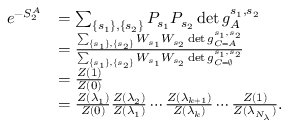
\begin{array} { r l } { e ^ { - S _ { 2 } ^ { A } } } & { = \sum _ { \left\{ s _ { 1 } \right\} , \left\{ s _ { 2 } \right\} } P _ { s _ { 1 } } P _ { s _ { 2 } } \det g _ { A } ^ { s _ { 1 } , s _ { 2 } } } \\ & { = \frac { \sum _ { \left\{ s _ { 1 } \right\} , \left\{ s _ { 2 } \right\} } W _ { s _ { 1 } } W _ { s _ { 2 } } \det g _ { C = A } ^ { s _ { 1 } , s _ { 2 } } } { \sum _ { \left\{ s _ { 1 } \right\} , \left\{ s _ { 2 } \right\} } W _ { s _ { 1 } } W _ { s _ { 2 } } \det g _ { C = \varnothing } ^ { s _ { 1 } , s _ { 2 } } } } \\ & { = \frac { Z ( 1 ) } { Z ( 0 ) } } \\ & { = \frac { Z ( \lambda _ { 1 } ) } { Z ( 0 ) } \frac { Z ( \lambda _ { 2 } ) } { Z ( \lambda _ { 1 } ) } \cdots \frac { Z ( \lambda _ { k + 1 } ) } { Z ( \lambda _ { k } ) } \cdots \frac { Z ( 1 ) } { Z ( \lambda _ { N _ { \lambda } } ) } . } \end{array}